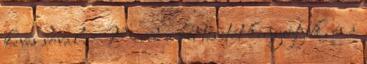
kevés sóval. Mind a két tésztát kinyújtjuk, és a